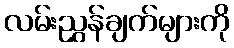
လမ်းညွှန်ချက်များကို